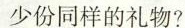
少份同样的礼物?